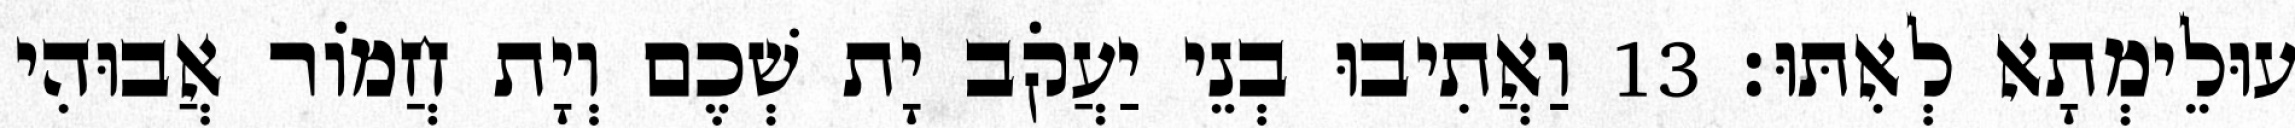
עוּלֵימְתָא לְאִתּוּ׃ 13 וַאֲתִיבוּ בְנֵי יַעֲקֹב יָת שְׁכֶם וְיָת חֲמוֹר אֲבוּהִי